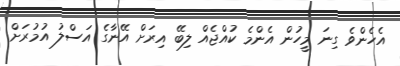
އެހެންވެ ގިނަ މީހުން އެންމެ ކުއްޖެއް ލިބޭ އިރަށް އޭނާގެ އަސްލު އުމުރަށް